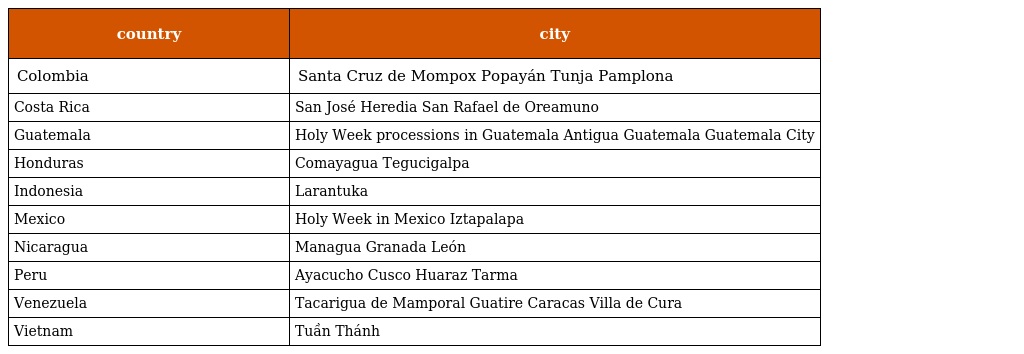
| country | city |
 | --- | --- |
 | Colombia | Santa Cruz de Mompox Popayán Tunja Pamplona |
 | Costa Rica | San José Heredia San Rafael de Oreamuno |
 | Guatemala | Holy Week processions in Guatemala Antigua Guatemala Guatemala City |
 | Honduras | Comayagua Tegucigalpa |
 | Indonesia | Larantuka |
 | Mexico | Holy Week in Mexico Iztapalapa |
 | Nicaragua | Managua Granada León |
 | Peru | Ayacucho Cusco Huaraz Tarma |
 | Venezuela | Tacarigua de Mamporal Guatire Caracas Villa de Cura |
 | Vietnam | Tuần Thánh |